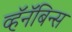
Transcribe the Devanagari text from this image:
व्हॅनॅबिन्स